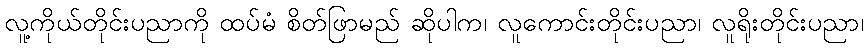
လူ့ကိုယ်တိုင်းပညာကို ထပ်မံ စိတ်ဖြာမည် ဆိုပါက၊ လူကောင်းတိုင်းပညာ၊ လူရိုးတိုင်းပညာ၊